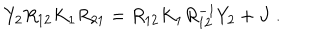
LaTeX: Y _ { 2 } R _ { 1 2 } K _ { 1 } R _ { 2 1 } = R _ { 1 2 } K _ { 1 } R _ { 1 2 } ^ { - 1 } Y _ { 2 } + J \; .